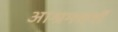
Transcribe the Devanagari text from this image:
आश्रमधर्मों